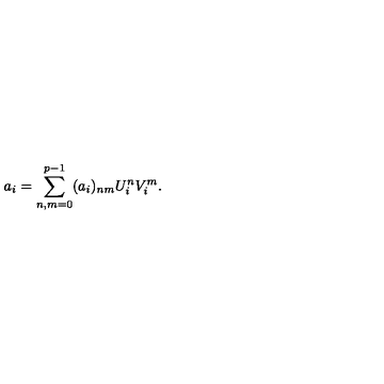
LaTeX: a _ { i } = \sum _ { n , m = 0 } ^ { p - 1 } ( a _ { i } ) _ { n m } U _ { i } ^ { n } V _ { i } ^ { m } .